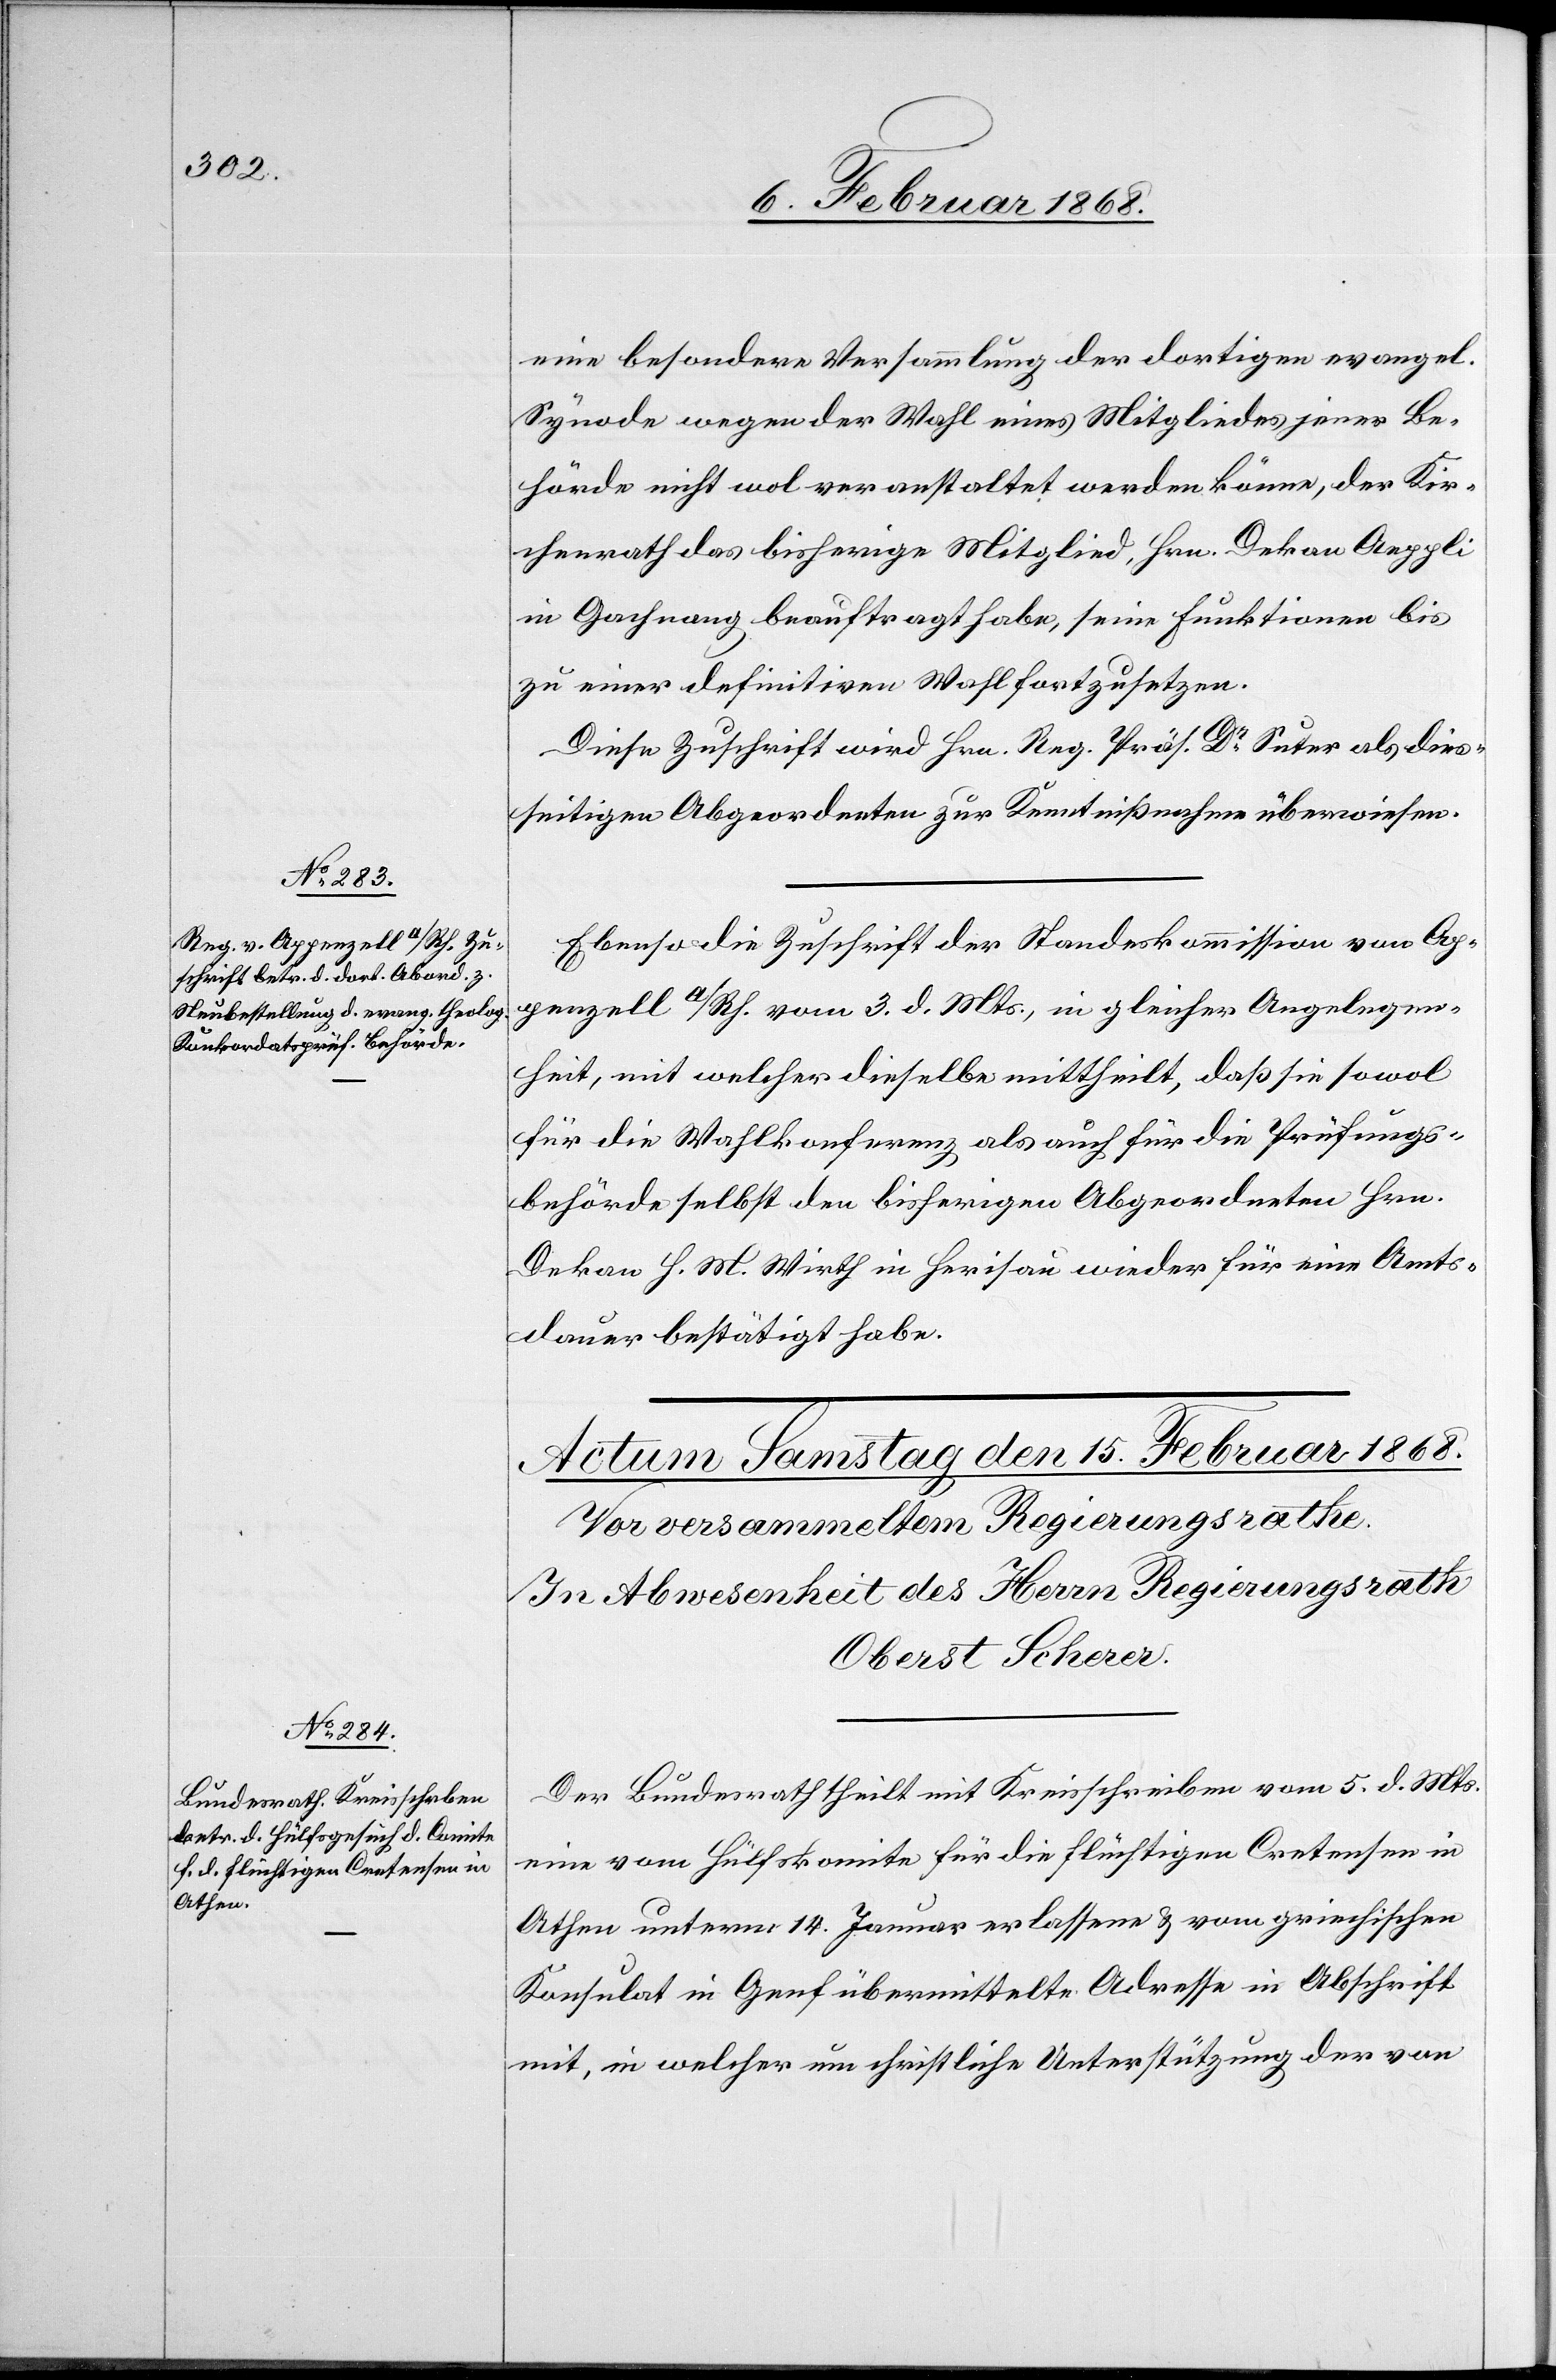
14. Februar 1868.]
eine besondere Versammlung der dortigen evangel.
Synode wegen der Wahl eines Mitgliedes jener Be¬
hörde nicht wol veranstaltet werden könne, der Kir¬
chenrath das bisherige Mitglied, Hrn. Dekan Aeppli
in Gachnang beauftragt habe, seine Funktionen bis
zu einer definitiven Wahl fortzusetzen.
Diese Zuschrift wird Hrn. Reg. Präs. Dr. Suter als dies¬
seitigen Abgeordneten zur Kenntnißnahme überwiesen.
Ebenso die Zuschrift der Standeskommission von Ap¬
penzell A/Rh. vom 3. d. Mts., in gleicher Angelegen¬
heit, mit welcher dieselbe mittheilt, daß sie sowol
für die Wahlkonferenz als auch für die Prüfungs¬
behörde selbst den bisherigen Abgeordneten Hrn.
Dekan H. M. Wirth in Herisau wieder für eine Amts¬
dauer bestätigt habe.
Der Bundesrath theilt mit Kreisschreiben vom 5. d. Mts.
eine vom Hülfskomite für die flüchtigen Cretensen in
Athen unterm 14. Januar erlassene & vom griechischen
Konsulat in Genf übermittelte Adresse in Abschrift
mit, in welcher um christliche Unterstützung der von